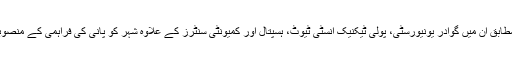
وفاقی وزیر کے مطابق ان میں گوادر یونیورسٹی، پولی ٹیکنیک انسٹی ٹیوٹ، ہسپتال اور کمیونٹی سنٹرز کے علاوہ شہر کو پانی کی فراہمی کے منصوبے بھی شامل ہیں۔